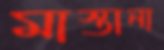
মাস্তানা